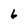
Character: 6